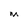
Character: M